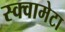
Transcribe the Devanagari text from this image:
स्क्वामेटा